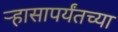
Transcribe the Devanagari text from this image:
ऱ्हासापर्यंतच्या